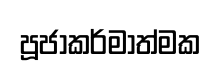
පූජාකර්මාත්මක